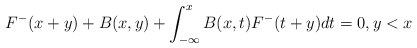
\begin{align*}F^{-}(x+y)+B(x,y)+\int_{-\infty}^{x}B(x,t)F^{-}(t+y)dt=0,y<x\end{align*}